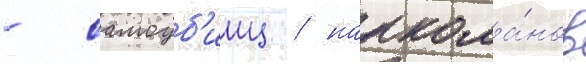
- самоуб'ииц / наркома́нов